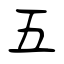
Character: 五